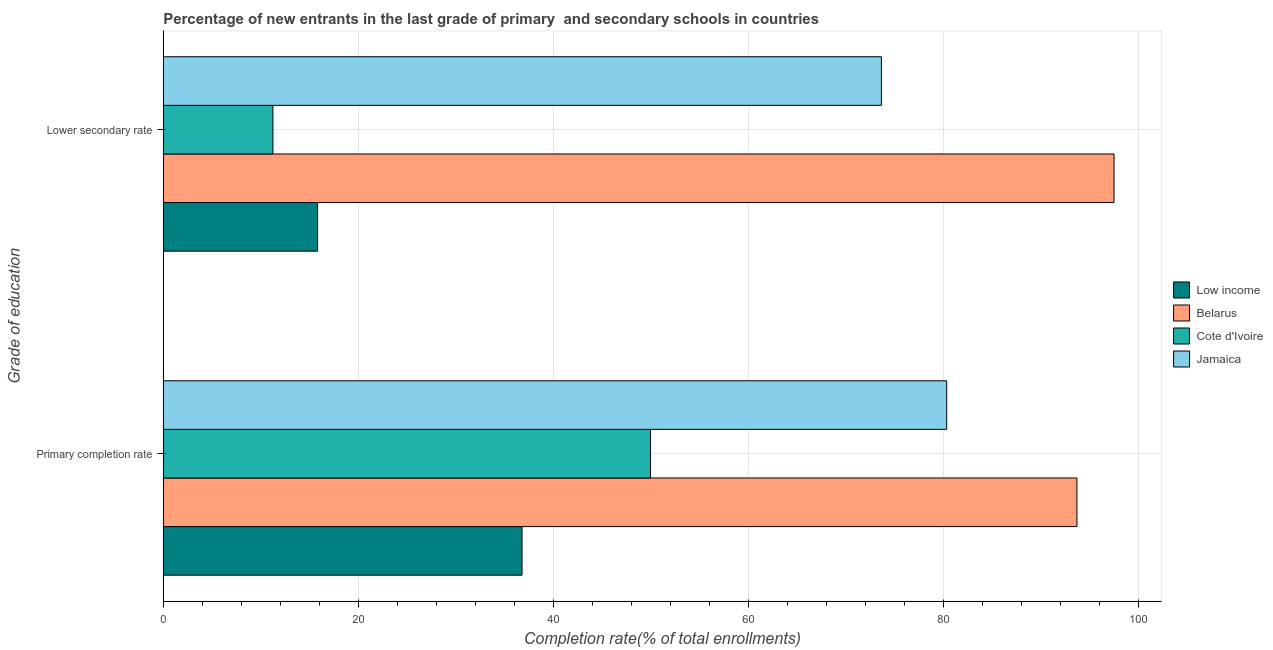
| Grade of education | Low income | Belarus | Cote d'Ivoire | Jamaica |
 | --- | --- | --- | --- | --- |
 | Primary completion rate | 36.8 | 93.6 | 49.9 | 80.3 |
 | Lower secondary rate | 15.8 | 97.4 | 11.2 | 73.6 |